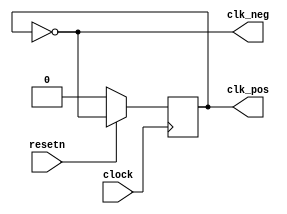
module clock_div (clock, clk_pos, clk_neg, resetn);

input clock, resetn;
output clk_pos, clk_neg;

(* preserve="true" *) reg clk_pos;
(* preserve="true" *) wire clk_neg;

assign clk_neg = ~clk_pos;
always@(posedge clock)begin
	if(!resetn) clk_pos <= 1'b0;
	else clk_pos<=~clk_pos;
end

endmodule